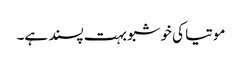
موتیا کی خوشبو بہت پسند ہے۔